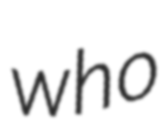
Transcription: who